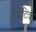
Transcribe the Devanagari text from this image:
ट्रॉमेटिक